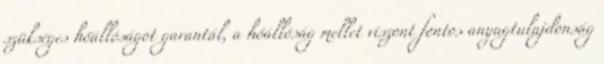
szükséges hőállóságot garantál, a hőállóság mellet viszont fontos anyagtulajdonság